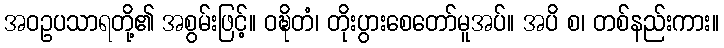
အဝဥပသာရတို့၏ အစွမ်းဖြင့်။ ဝဍ္ဎိတံ၊ တိုးပွားစေတော်မူအပ်။ အပိ စ၊ တစ်နည်းကား။